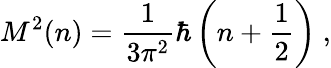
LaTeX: M^{2}(n)=\frac{1}{3\pi^{2}}\hbar\left(n+\frac{1}{2}\right)~,